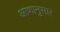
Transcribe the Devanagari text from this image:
आशानुसार